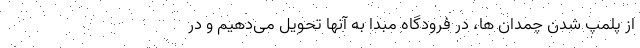
از پلمپ شدن چمدان ها، در فرودگاه‌ مبدا به آنها تحویل می‌دهیم و در